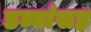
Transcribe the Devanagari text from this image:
डब्यांसह